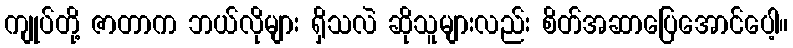
ကျုပ်တို့ ဇာတာက ဘယ်လိုများ ရှိသလဲ ဆိုသူများလည်း စိတ်အဆာပြေအောင်ပေါ့။